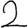
Digit: 2